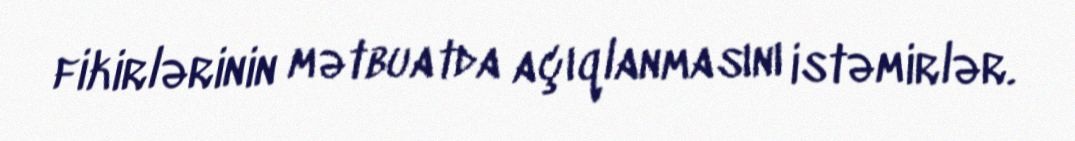
fikirlərinin mətbuatda açıqlanmasını istəmirlər.